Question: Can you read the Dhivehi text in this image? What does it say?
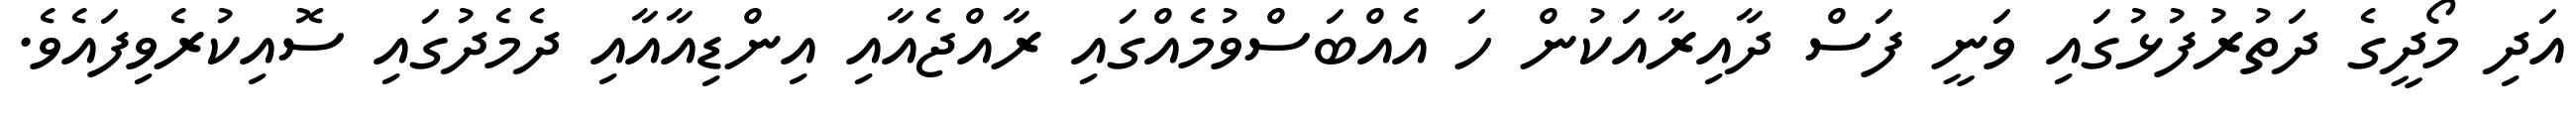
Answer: އަދި މޯދީގެ ދަތުރުފުޅުގައި ވަނީ ފަސް ދާއިރާއަކުން ހަ އެއްބަސްވުމެއްގައި ރާއްޖެއާއި އިންޑިއާއާއި ދެމެދުގައި ސޮއިކުރެވިފައެވެ.